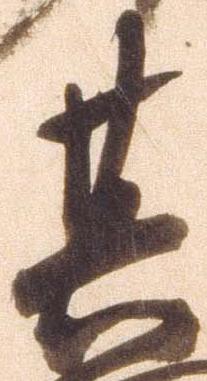
其